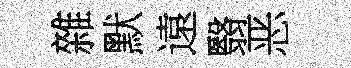
雜默遠翳恶